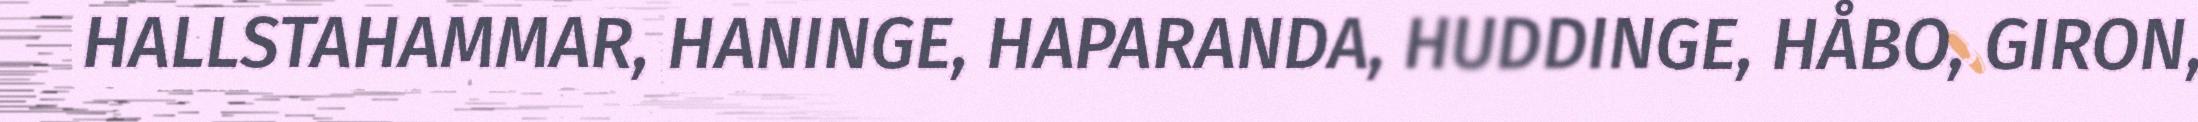
HALLSTAHAMMAR, HANINGE, HAPARANDA, HUDDINGE, HÅBO, GIRON,